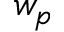
w _ { p }